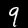
Label: 9